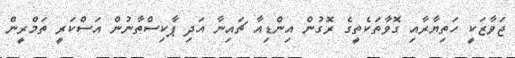
ޖަވާޒަކީ ހަތިޔާރާއި ގޮވާތަކެތީގެ ރޮގުން އިންޑިއާ ޗައިނާ އަދި ޕާކިސްތާނުން އަސްކަރީ ތަމްރީން